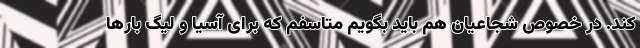
کند. در خصوص شجاعیان هم باید بگویم متاسفم که برای آسیا و لیگ بارها